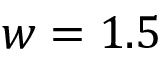
w = 1 . 5